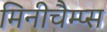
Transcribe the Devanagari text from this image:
मिनीचैम्प्स